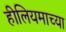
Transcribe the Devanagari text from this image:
हीलियमाच्या